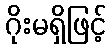
ဂိုးမရှိဖြင့်